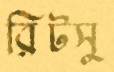
রিটসু